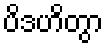
ပိဒဟိတွာ